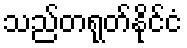
သည်တရုတ်နိုင်ငံ